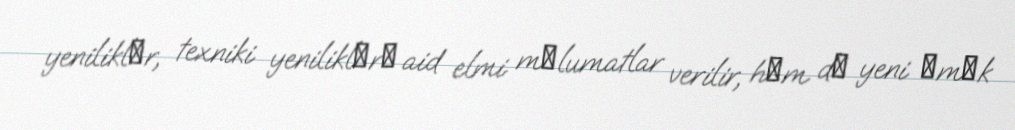
yeniliklәr, texniki yeniliklәrә aid elmi mәlumatlar verilir, hәm dә yeni әmәk